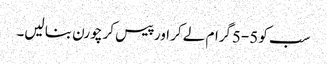
سب کو 5-5گرام لے کر اور پیس کر چورن بنا لیں۔